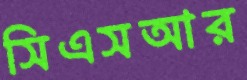
সিএসআর